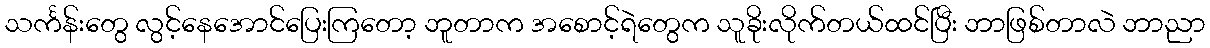
သင်္ကန်းတွေ လွင့်နေအောင်ပြေးကြတော့ ဘူတာက အစောင့်ရဲတွေက သူခိုးလိုက်တယ်ထင်ပြီး ဘာဖြစ်တာလဲ ဘာညာ